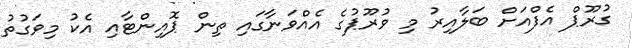
ގުރޫޕް އެފްއަށް ބަލާއިރު މި ވުރޫޕުގެ އެއްވަނާގައި ތިން ޕޮއިންޓާއި އެކު މިވަގުތު